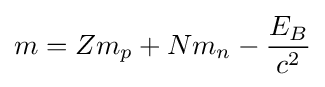
m=Zm_{p}+Nm_{n}-{\frac {E_{B}}{c^{2}}}